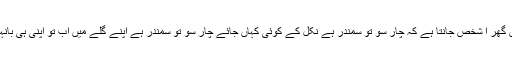
جزیرہ جہلا میں گھر ا شخص جانتا ہے کہ چار سو تو سمندر ہے نکل کے کوئی کہاں جائے چار سو تو سمندر ہے اپنے گلے میں اب تو اپنی ہی بانہیں ڈالنا ہوں گی۔